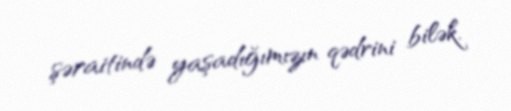
şəraitində yaşadığımızın qədrini bilək.